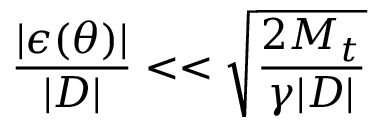
\frac { | \boldsymbol { \epsilon } ( \boldsymbol { \theta } ) | } { | D | } < < \sqrt { \frac { 2 \boldsymbol { M } _ { t } } { \gamma | D | } }